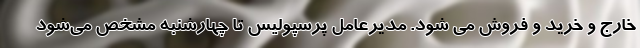
خارج و خرید و فروش می شود. مدیرعامل پرسپولیس تا چهارشنبه مشخص می‌شود